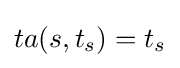
ta(s,t_{s})=t_{s}